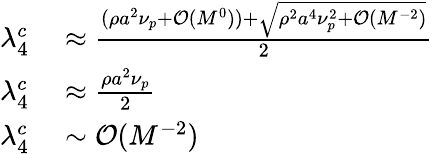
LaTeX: \begin{array}{rl}{\lambda_{4}^{c}}&{{}\approx\frac{(\rho a^{2}\nu_{p}+\mathcal{O}(M^{0}))+\sqrt{\rho^{2}a^{4}\nu_{p}^{2}+\mathcal{O}(M^{-2})}}{2}}\\ {\lambda_{4}^{c}}&{{}\approx\frac{\rho a^{2}\nu_{p}}{2}}\\ {\lambda_{4}^{c}}&{{}\sim\mathcal{O}(M^{-2})}\end{array}